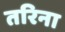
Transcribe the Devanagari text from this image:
तरिना